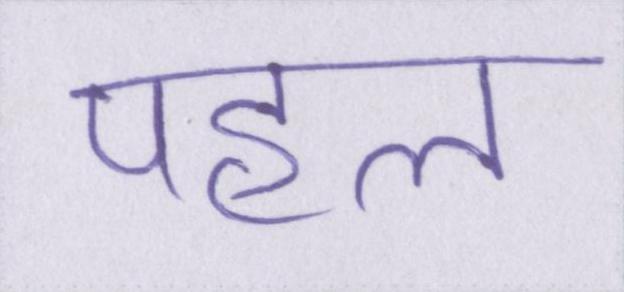
पहल